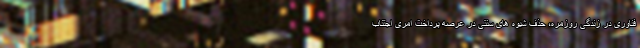
فناوری در زندگی روزمره، حذف شیوه های سنتی در عرصه پرداخت امری اجتناب